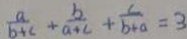
\frac { a } { b + c } + \frac { b } { a + c } + \frac { c } { b + a } = 3